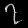
Digit: ၇